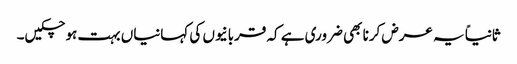
ثانیاً یہ عرض کرنا بھی ضروری ہے کہ قربانیوں کی کہانیاں بہت ہو چکیں۔